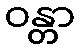
ဝန္တာ